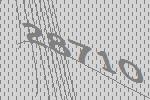
28710